Vaccination North-Western Provinces and Oudh 1878-1895 - 1878-1895
Year: 1878
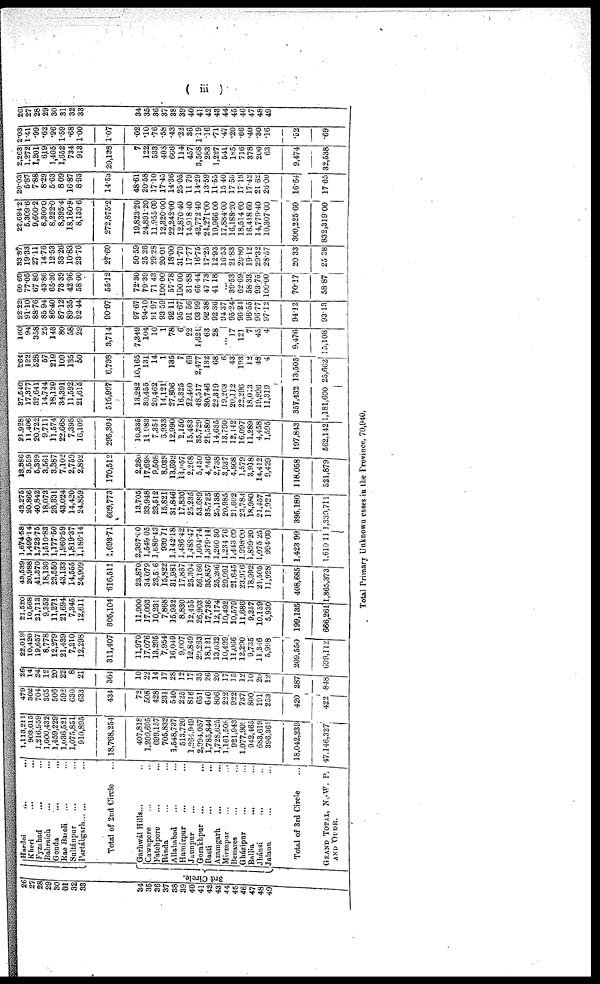
( iii )
26
27
28
29
30
31
32
33
34
35
36
37
38
39
40
41
42
43
44
45
46
47
48
49
3rd Circle.
Hardoi ... ...
Kheri ... ...
Fyzabad ... ...
Bahraich ... ...
Gonda
...
...
Rae Bareli ... ...
Sultánpur ... ...
Partábgarh ... ...
Total of 2nd Circle ...
Garhwál Hills ... ...
Cawnpore ... ...
Fatehpore ... ...
Bánda ... ...
Allahabad ... ...
Hamírpur ... ...
Jaunpnr ... ...
Gorakhpur
...
...
Basti ... ...
Azamgarh ... ...
Mirzapur
...
...
Benares ... ...
Gházipur ... ...
Ballia ... ...
Jhánsi ... ...
Jalaun ... ...
Total of 3rd Circle ...
GRAND TOTAL, N,-W. P.
AND OUDH.
1,113,211
903,615
1,216,959
1,000,432
1,459,229
1,036,521
1,075,851
910,895
18,768,254
407,818
1,209,695
699,157
705,832
1,548,737
513,720
1,264,949
2,994,057
1,785,844
1,728,625
1,161,508
921,943
1,077,909
942,465
683,619
396,361
18,042,239
47,146,327
479
302
704
365
506
592
630
633
434
72
508
428
231
540
225
816
651
640
806
222
922
737
800
191
253
420
422
26
14
24
12
20
22
8
21
364
10
22
14
17
28
12
17
35
26
20
17
15
12
10
20
12
287
848
22,019
10,420
19,657
8,778
12,279
21,439
7,210
12,298
311,407
11,970
17,076
13,295
7,954
16,049
9,007
12,849
29,263
18,121
13,032
10,499
11,066
12,290
9,735
11,346
5,998
209,550
699,l12
21,520
10,568
21,713
9,352
11,271
21,694
7,345
12,611
305,104
11,900
17,003
10,231
7,868
1-5,932
8,830
12,455
26,903
17,736
12,174
10,492
10,579
11,686
9,257
10,159
5,930
199,135
366,261
43,539
20,988
41,370
18,130
23,550
43,133
14,555
24,909
616,511
23,870
34,079
23,526
15,822
31,981
17,837
25,304
56,166
35,857
25,206
20,991
21,645
23,976
18,992
21,505
11,928
408,685
365,373
1,674.68
1,499.14
1,723.75
1,510.83
1,177.50
1,960.59
1,819.37
1,186.14
1,698.71
2,387.00
1,549.05
1,680.43
930.71
1,142.18
1,486.42
1,488.47
1,604.74
1,379.l4
1,260.30
1,234.76
1,443.00
1,998.00
1,899.20
1,075.25
994.00
1,423.99
1,610 11
43,276
20,866
40,842
18,078
23,331
43,024
14,420
24,859
609,773
13,705
33,948
23,512
15,821
31,846
l7,830
25,230
53,689
35,725
25,138
20,985
21,602
23,783
18,980
21,457
11,924
395,180
1,339,71l
13,386
3,559
5,399
3,561
3,387
7,102
2,759
2,892
170,512
2,280
17,698
9,508
8,038
13,692
14,657
2,268
5,450
4,246
2,738
3,937
4,808
1,579
3,918
14,412
9,429
118,058
521,879
23,928
11,406
20,722
9,711
11,574
22,668
7,398
16,109
295,304
10,335
11,983
7,354
5,933
12,990
2,150
15,483
35,729
21,580
14,635
13,790
12,142
16,097
11,289
4,458
1,595
197,843
562,142
37,540
17,377
32,641
14,744
18,139
34,391
11,592
21,615
515,997
13,282
30,455
20,462
14,121
27,806
16,325
22,460
48,517
30,746
22,319
19,203
20,112
22,296
18,013
19,998
11,319
357,432
1,181,600
264
122
528
57
219
109
135
50
6,738
10,165
131
14
1
135
7
69
2,477
132
68
6
43
193
12
48
4
13,505
25,662
160
94
358
25
143
80
58
29
3,714
7,349
104
10
1
78
6
22
1,621
63
28
...
17
121
7
45
4
9,476
15,108
92.22
91.10
88.76
85.94
86.40
87.12
89.35
92.44
90.97
97.67
94.10
91.97
93.59
92.11
95.67
91.56
93.99
92.38
92.36
94.37
95.24
96.24
96.55
96.77
97.12
94.12
93.13
60.60
77.05
67.80
43.86
65.30
73.39
42.96
58.00
55.12
72.30
79.39
71.43
100.00
57.78
100.00
31.88
65.44
47.73
41.18
...
39.53
62.69
58.33
93.75
100.00
70.17
58.87
33.87
19.33
27.11
14.76
12.53
33.26
10.83
23.76
27.60
50.59
25.26
29.28
20.01
18.00
31.79
17.77
16.75
17.25
12.93
16.53
21.83
20.80
19.12
29.32
28.57
20.33
25.38
22,691.2
5,309.6
9,600.2
8,3000
8,222.0
8,395.4
18,160.8
8,139.6
272,875.2
19,823.20
24,891.20
11,955 00
12,320.00
22,242.00
12,870.40
14,918.40
42,772.40
24,271.00
19,966.00
17,884.00
16,l88.20
18,514.60
16,418.60
14,779.40
10,307.00
300,225.60
832,319.00
20.03
5.87
7.88
8.29
5.63
8.09
16.87
8.93
14.53
43.61
20.58
17.10
17.45
14.36
25.05
11.79
14.29
13.59
11.55
15.40
17.56
17.18
17.42
21.62
26.00
16.64
17.65
2,263
1,272
1,201
619
1,405
1,652
734
913
20,138
7
122
533
403
666
114
457
3,568
283
1,227
541
185
716
378
206
63
9,474
32,538
2.03
1.41
.99
.62
.96
1.59
.68
1.00
1.07
.02
.10
.76
.58
.43
.22
36
1.19
.16
.71
.47
.20
.66
.40
.30
.16
.52
.69
26
27
28
29
30
31
32
33
34
35
36
37
38
39
40
41
42
43
44
45
46
47
48
49
Total Primary Unknown cases in the Province, 70,940.